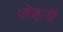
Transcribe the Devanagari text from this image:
लोहनी